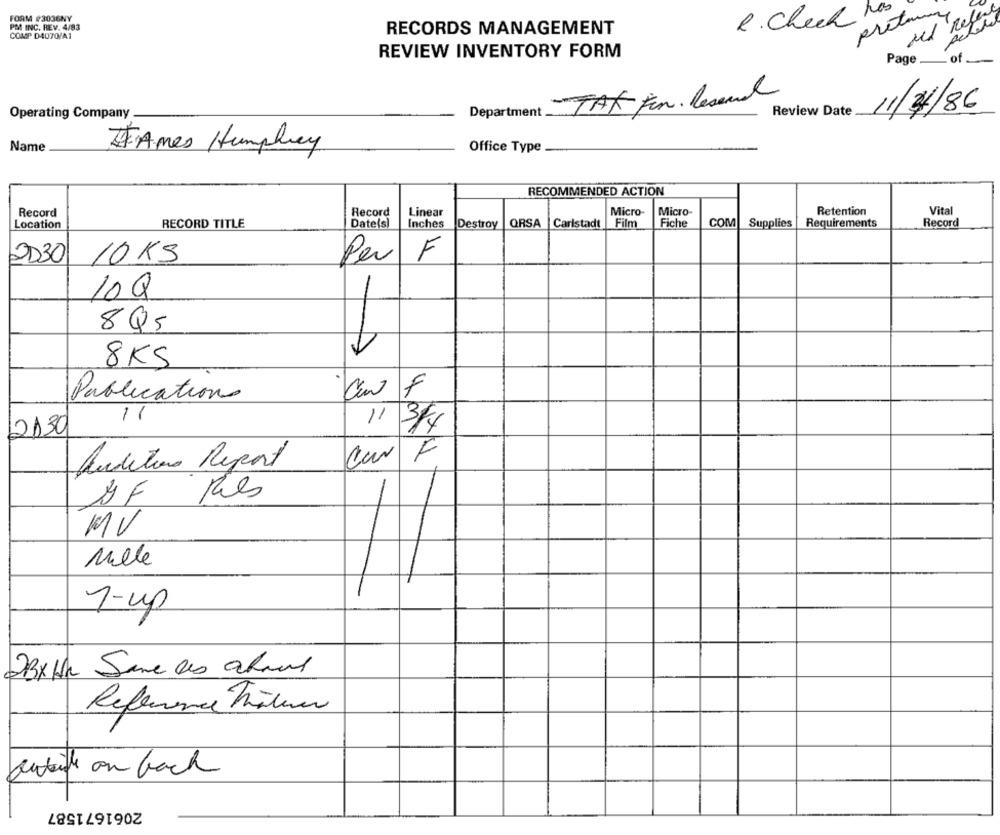
FORM #3036NY
preta
PM INC. REV. 4/83
R. Check
COMP D4070/A1
RECORDS MANAGEMENT
REVIEW INVENTORY FORM
Page
of
TAK For lesand
Operating Company -
Department
Review Date
11/4/86
Name
IFAmes Humphrey
Office Type
RECOMMENDED ACTION
Retention
Vital
Record
Record
Linear
Micro-
Micro-
Location
RECORD TITLE
Date(s)
Inches
Destroy
QRSA
Carlstadt
Film
Fiche
COM
Supplies
Requirements
Record
2030
10 KS
F
Per
10Q
8Q5
A
8KS
Publications
1
11 3/14
2130
F
Audition Report
-
Ries
MV
Mille
7-up
2Bx the Same as almas
Reference Matin
futile on back
2061671587